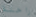
راحلة